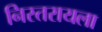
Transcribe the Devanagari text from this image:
निस्तरायला